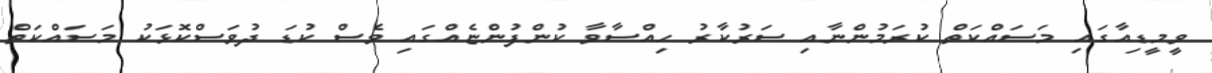
ވީމީޑިއާގައި މަސައްކަތް ކުރަމުންނާއި ސަރުކާރު ހިއްސާވާ ކުންފުންޏެއްގައި ވެސް ކުޑަ ދުވަސްކޮޅަކު މަސައްކަތް